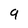
Character: 9